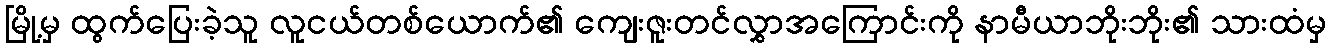
မြို့မှ ထွက်ပြေးခဲ့သူ လူငယ်တစ်ယောက်၏ ကျေးဇူးတင်လွှာအကြောင်းကို နာမီယာဘိုးဘိုး၏ သားထံမှ